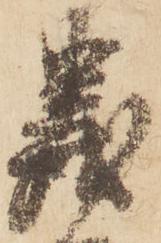
義